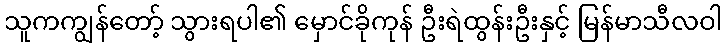
သူကကျွန်တော့် သွားရပါ၏ မှောင်ခိုကုန် ဦးရဲထွန်းဦးနှင့် မြန်မာသီလဝါ